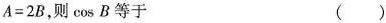
$$A=2B$$，则\cos日等于（）